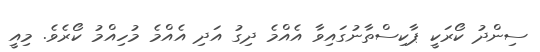
ސިންދު ކޯރަކީ ޕާކިސްތާނުގައިވާ އެއްމެ ދިގު އަދި އެއްމެ މުހިއްމު ކޯރެވެ. މިއީ